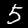
Digit: 5